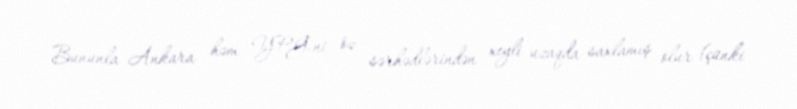
Bununla Ankara həm YPG-ni öz sərhədlərindən xeyli uzaqda saxlamış olur (çünki